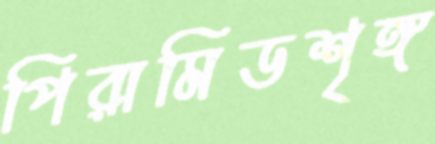
পিরামিডশৃঙ্গ